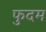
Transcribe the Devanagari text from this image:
फुदम